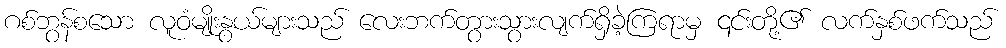
ဂစ်ဘွန်စသော လူဝံမျိုးနွယ်များသည် လေးဘက်တွားသွားလျက်ရှိခဲ့ကြရာမှ ၎င်းတို့၏ လက်နှစ်ဖက်သည်